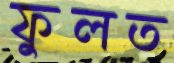
ফুলত